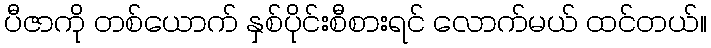
ပီဇာကို တစ်ယောက် နှစ်ပိုင်းစီစားရင် လောက်မယ် ထင်တယ်။